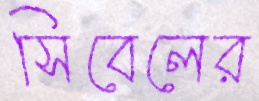
সিবেলের